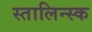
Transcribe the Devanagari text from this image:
स्तालिन्स्क